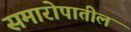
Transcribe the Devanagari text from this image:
समारोपातील